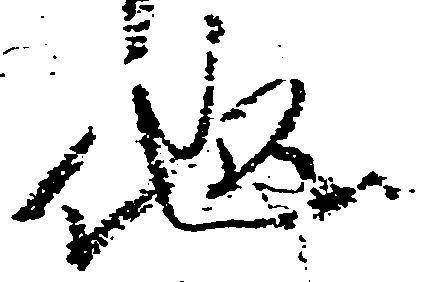
他